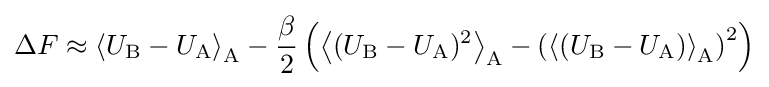
\Delta F\approx \left\langle U_{\text{B}}-U_{\text{A}}\right\rangle _{\text{A}}-{\frac {\beta }{2}}\left(\left\langle (U_{\text{B}}-U_{\text{A}})^{2}\right\rangle _{\text{A}}-\left(\left\langle (U_{\text{B}}-U_{\text{A}})\right\rangle _{\text{A}}\right)^{2}\right)